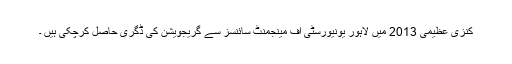
کنزیٰ عظیمی 2013 میں لاہور یونیورسٹی آف مینجمنٹ سائنسز سے گریجویشن کی ڈگری حاصل کرچکی ہیں ۔